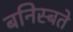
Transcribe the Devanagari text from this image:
बनिस्बते